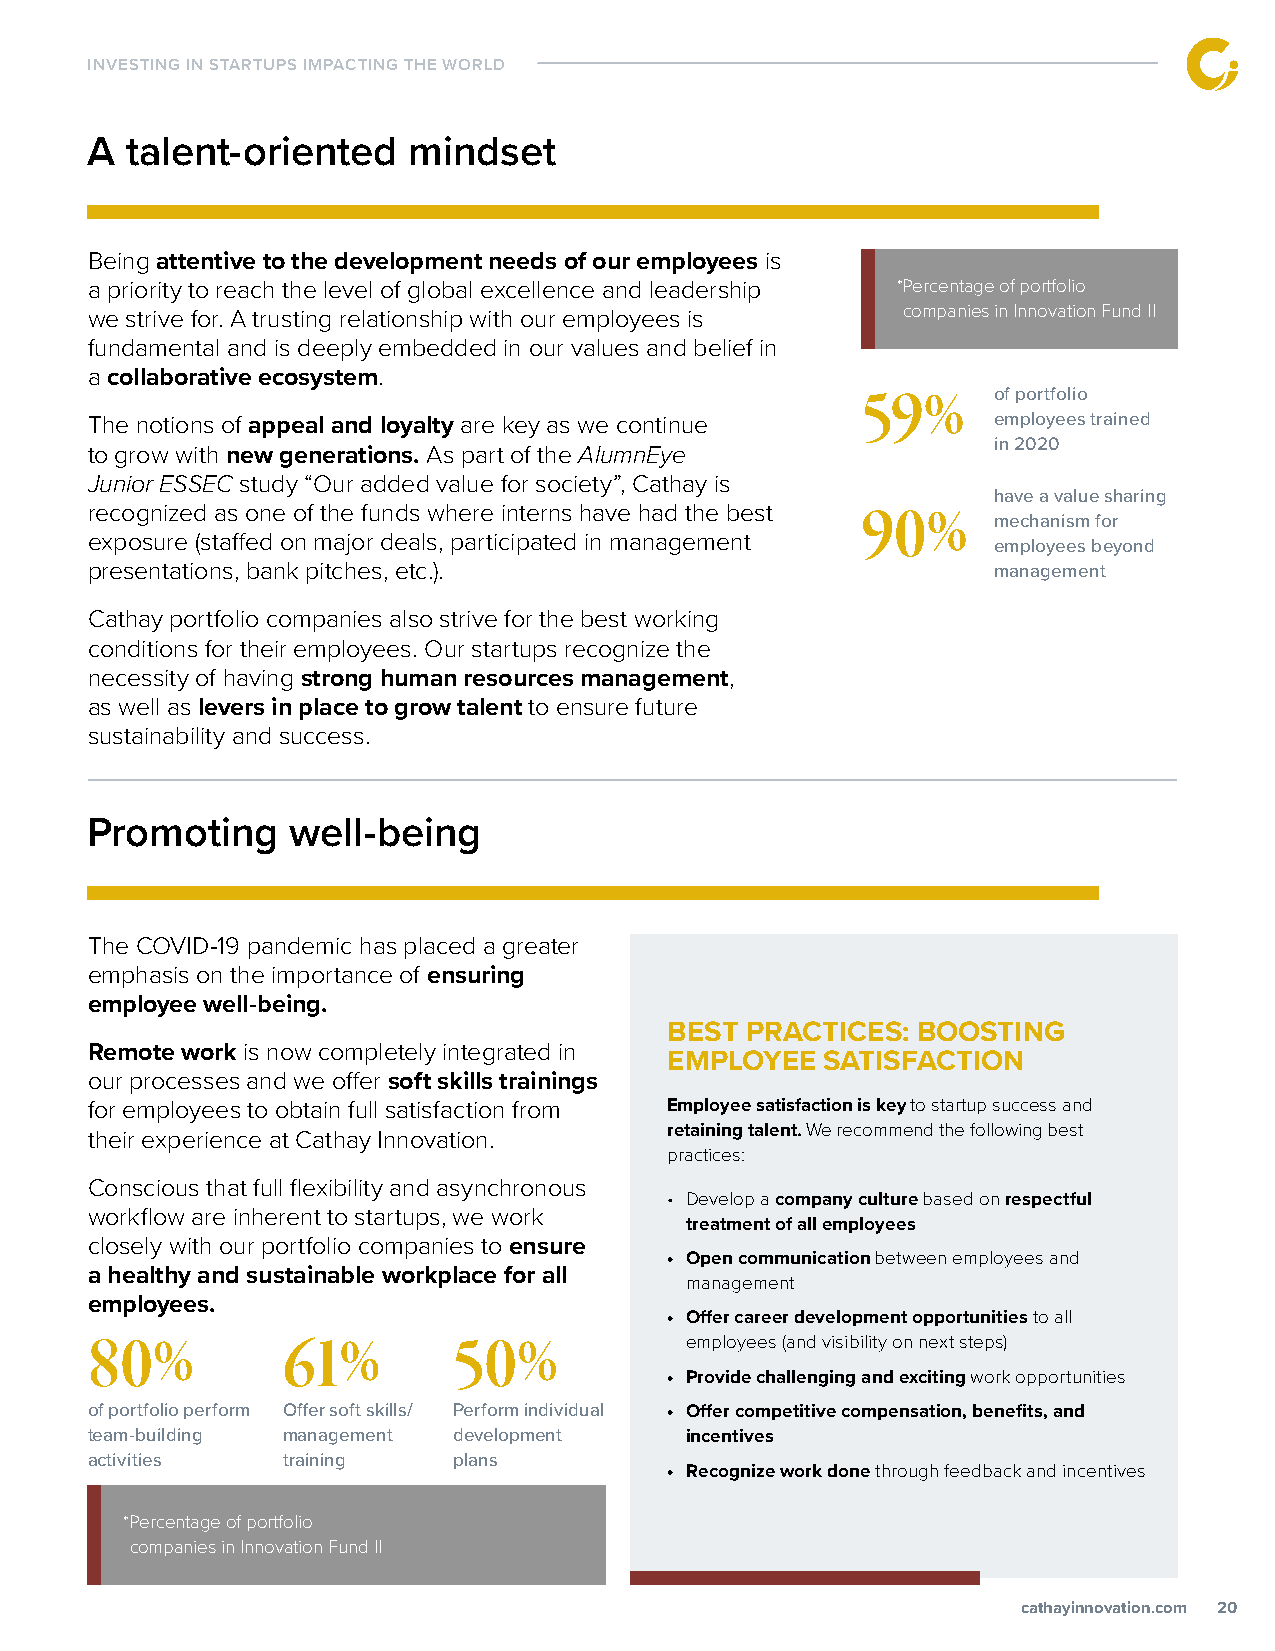
INVESTING IN STARTUPS IMPACTING THE WORLD
 A talent-oriented    mindset
 Being attentive to the development needs of our employees is
 a priority to reach the level of global excellence and leadership *Percentage of portfolio
 we strive for. A trusting relationship with our employees is companies in Innovation Fund II
 fundamental and is deeply embedded in our values and belief in
 a collaborative ecosystem.
 59%      of portfolio
 The notions of appeal and loyalty are key as we continue    employees trained
 in 2020
 to grow with new generations. As part of the AlumnEye
 Junior ESSEC study “Our added value for society”, Cathay is
 have a value sharing
 recognized as one of the funds where interns have had the best 90%
 mechanism for
 exposure (staffed on major deals, participated in management
 employees beyond
 presentations, bank pitches, etc.).                         management
 Cathay portfolio companies also strive for the best working
 conditions for their employees. Our startups recognize the
 necessity of having strong human resources management,
 as well as levers in place to grow talent to ensure future
 sustainability and success.
 Promoting    well-being
 The COVID-19 pandemic has placed a greater
 emphasis on the importance of ensuring
 employee well-being.
 BEST PRACTICES:  BOOSTING
 Remote work is now completely integrated in
 EMPLOYEE   SATISFACTION
 our processes and we offer soft skills trainings
 for employees to obtain full satisfaction from Employee satisfaction is key to startup success and
 retaining talent. We recommend the following best
 their experience at Cathay Innovation.
 practices:
 Conscious that full flexibility and asynchronous
 • Develop a company culture based on respectful
 workflow are inherent to startups, we work
 treatment of all employees
 closely with our portfolio companies to ensure
 • Open communication between employees and
 a healthy and sustainable workplace for all
 management
 employees.
 • Offer career development opportunities to all
 80%          61%        50%            employees (and visibility on next steps)
 • Provide challenging and exciting work opportunities
 of portfolio perform Offer soft skills/ Perform individual • Offer competitive compensation, benefits, and
 team-building management development   incentives
 activities   training   plans
 • Recognize work done through feedback and incentives
 *Percentage of portfolio
 companies in Innovation Fund II
 ccaatthhaayyiinnnnoovvaattiioonn..ccoomm 20